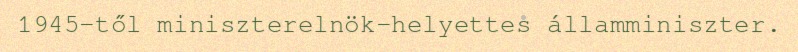
1945-től miniszterelnök-helyettes államminiszter.